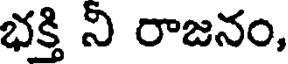
భక్తి ని రాజనం,